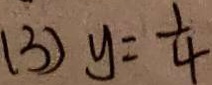
( 3 ) y = \frac { 1 } { 4 }